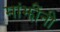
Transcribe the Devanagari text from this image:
मांझींनी